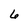
Character: 6